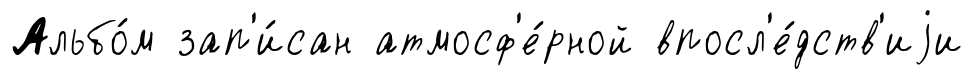
Альбо́м зап'и́сан атмосф'е́рной впосл'е́дств'иjи